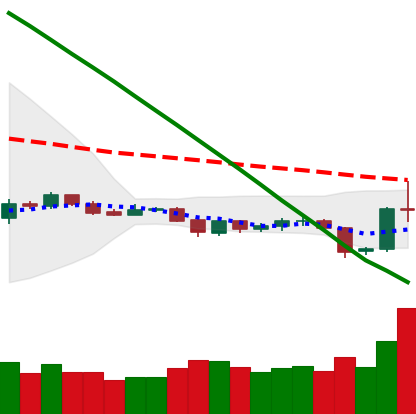
Ticker: LTC-USD
Chart end date: 2019-10-26
Forward return: 3.532%
Label: up_3_5